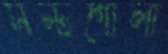
সল্টগোলা